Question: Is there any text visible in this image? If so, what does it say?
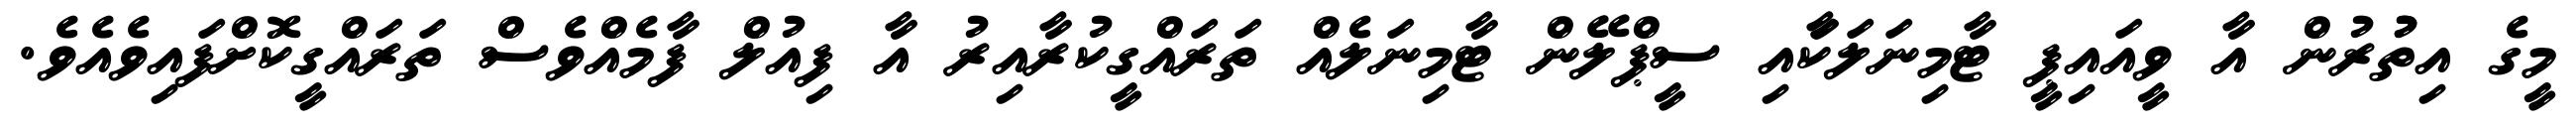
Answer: މީގެ އިތުުރުން އާ ވީއައިޕީ ޓާމިނަލަކަާއި ސީޕްލޭން ޓާމިނަލެއް ތަރައްގީކުރާއިރު އާ ފިއުލް ފާމެއްވެސް ތަރައްގީކޮށްފައިވެއެވެ.